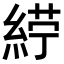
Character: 𮈙